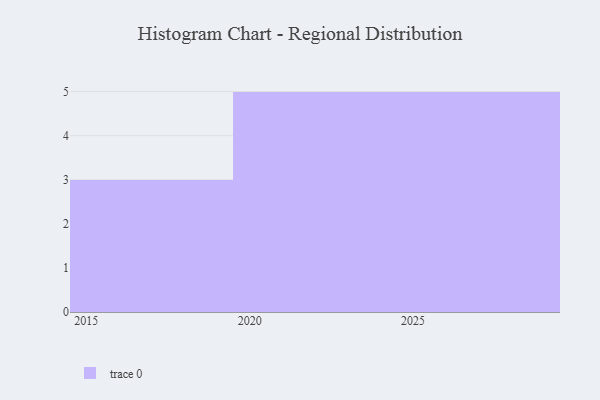
{"axis": {"x": "Year", "y": "Population (Million)"}, "legend": [""], "data": [{"x": "2027", "y": 70, "type": ""}, {"x": "2026", "y": 13, "type": ""}, {"x": "2025", "y": 94, "type": ""}, {"x": "2019", "y": 38, "type": ""}, {"x": "2020", "y": 68, "type": ""}, {"x": "2028", "y": 34, "type": ""}, {"x": "2021", "y": 14, "type": ""}, {"x": "2015", "y": 81, "type": ""}, {"x": "2023", "y": 27, "type": ""}, {"x": "2016", "y": 55, "type": ""}, {"x": "2024", "y": 23, "type": ""}, {"x": "2022", "y": 33, "type": ""}, {"x": "2029", "y": 43, "type": ""}]}